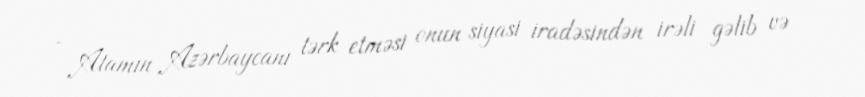
- Atamın Azərbaycanı tərk etməsi onun siyasi iradəsindən irəli gəlib və